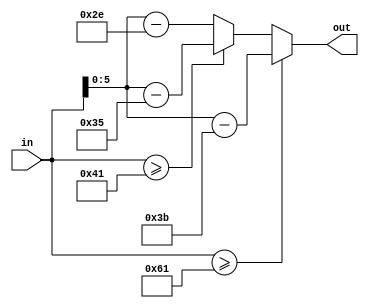
module ascii_to_bin (in,out);
input [7:0] in;
output [5:0] out;
wire [5:0] out;
assign out = (in>="a"?(in-59):in>="A"?(in-53):in-".");
endmodule